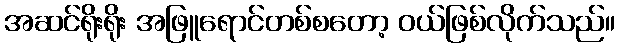
အဆင်ရိုးရိုး အဖြူရောင်တစ်စတော့ ဝယ်ဖြစ်လိုက်သည်။